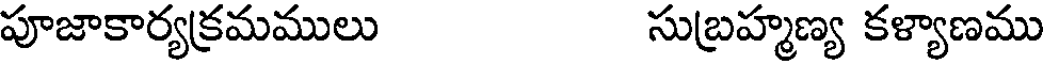
పూజాకార్యక్రమములు సుబ్రహ్మణ్య కళ్యాణము